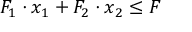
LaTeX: F _ { 1 } \cdot x _ { 1 } + F _ { 2 } \cdot x _ { 2 } \leq F